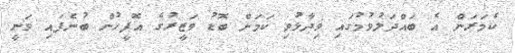
ކެމަރަން އެ ބައްދަލުވުމުގައި ވިދާޅުވި ކަމަށް ބޮޑު ވަޒީރުގެ އޮފީހުން ބުނެފައި ވަނީ